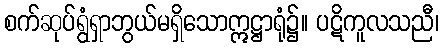
စက်ဆုပ်ရွံရှာဘွယ်မရှိသောဣဋ္ဌာရုံ၌။ ပဋိကူလသညီ၊